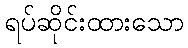
ရပ်ဆိုင်းထားသော